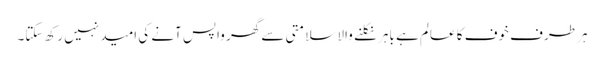
ہر طرف خوف کا عالم ہے باہر نکلنے والا سلامتی سے گھر واپس آنے کی امید نہیں رکھ سکتا۔